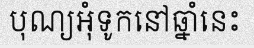
បុណ្យអុំទូកនៅឆ្នាំនេះ